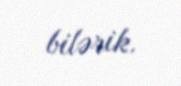
bilərik.